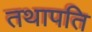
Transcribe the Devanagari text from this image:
तथापति